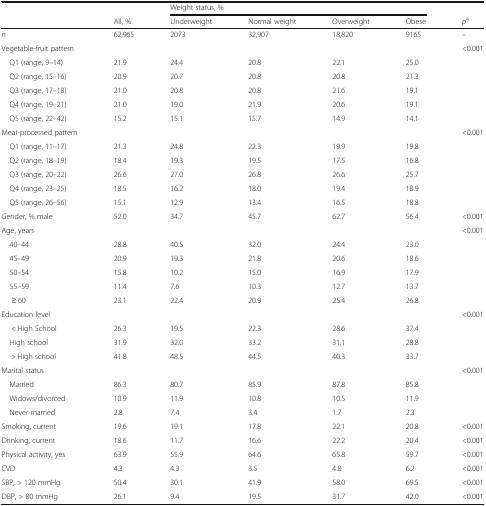
<table><thead><tr><td></td><td></td><td colspan="4"><b>Weight status, %</b></td><td></td></tr><tr><td></td><td><b>All, %</b></td><td><b>Underweight</b></td><td><b>Normal weight</b></td><td><b>Overweight</b></td><td><b>Obese</b></td><td><b><i>p</i><sup>a</sup></b></td></tr></thead><tbody><tr><td><i>n</i></td><td>62,965</td><td>2073</td><td>32,907</td><td>18,820</td><td>9165</td><td>–</td></tr><tr><td>Vegetable-fruit pattern</td><td></td><td></td><td></td><td></td><td></td><td>&lt;0.001</td></tr><tr><td> Q1 (range, 9–14)</td><td>21.9</td><td>24.4</td><td>20.8</td><td>22.1</td><td>25.0</td><td></td></tr><tr><td> Q2 (range, 15–16)</td><td>20.9</td><td>20.7</td><td>20.8</td><td>20.8</td><td>21.3</td><td></td></tr><tr><td> Q3 (range, 17–18)</td><td>21.0</td><td>20.8</td><td>20.8</td><td>21.6</td><td>19.1</td><td></td></tr><tr><td> Q4 (range, 19–21)</td><td>21.0</td><td>19.0</td><td>21.9</td><td>20.6</td><td>19.1</td><td></td></tr><tr><td> Q5 (range, 22–42)</td><td>15.2</td><td>15.1</td><td>15.7</td><td>14.9</td><td>14.1</td><td></td></tr><tr><td>Meat-processed pattern</td><td></td><td></td><td></td><td></td><td></td><td>&lt;0.001</td></tr><tr><td> Q1 (range, 11–17)</td><td>21.3</td><td>24.8</td><td>22.3</td><td>19.9</td><td>19.8</td><td></td></tr><tr><td> Q2 (range, 18–19)</td><td>18.4</td><td>19.3</td><td>19.5</td><td>17.5</td><td>16.8</td><td></td></tr><tr><td> Q3 (range, 20–22)</td><td>26.6</td><td>27.0</td><td>26.8</td><td>26.6</td><td>25.7</td><td></td></tr><tr><td> Q4 (range, 23–25)</td><td>18.5</td><td>16.2</td><td>18.0</td><td>19.4</td><td>18.9</td><td></td></tr><tr><td> Q5 (range, 26–56)</td><td>15.1</td><td>12.9</td><td>13.4</td><td>16.5</td><td>18.8</td><td></td></tr><tr><td>Gender, % male</td><td>52.0</td><td>34.7</td><td>45.7</td><td>62.7</td><td>56.4</td><td>&lt;0.001</td></tr><tr><td>Age, years</td><td></td><td></td><td></td><td></td><td></td><td>&lt;0.001</td></tr><tr><td> 40–44</td><td>28.8</td><td>40.5</td><td>32.0</td><td>24.4</td><td>23.0</td><td></td></tr><tr><td> 45–49</td><td>20.9</td><td>19.3</td><td>21.8</td><td>20.6</td><td>18.6</td><td></td></tr><tr><td> 50–54</td><td>15.8</td><td>10.2</td><td>15.0</td><td>16.9</td><td>17.9</td><td></td></tr><tr><td> 55–59</td><td>11.4</td><td>7.6</td><td>10.3</td><td>12.7</td><td>13.7</td><td></td></tr><tr><td>≥ 60</td><td>23.1</td><td>22.4</td><td>20.9</td><td>25.4</td><td>26.8</td><td></td></tr><tr><td>Education level</td><td></td><td></td><td></td><td></td><td></td><td>&lt;0.001</td></tr><tr><td>&lt; High School</td><td>26.3</td><td>19.5</td><td>22.3</td><td>28.6</td><td>37.4</td><td></td></tr><tr><td> High school</td><td>31.9</td><td>32.0</td><td>33.2</td><td>31.1</td><td>28.8</td><td></td></tr><tr><td>&gt; High school</td><td>41.8</td><td>48.5</td><td>44.5</td><td>40.3</td><td>33.7</td><td></td></tr><tr><td>Marital status</td><td></td><td></td><td></td><td></td><td></td><td>&lt;0.001</td></tr><tr><td> Married</td><td>86.3</td><td>80.7</td><td>85.9</td><td>87.8</td><td>85.8</td><td></td></tr><tr><td> Widows/divorced</td><td>10.9</td><td>11.9</td><td>10.8</td><td>10.5</td><td>11.9</td><td></td></tr><tr><td> Never married</td><td>2.8</td><td>7.4</td><td>3.4</td><td>1.7</td><td>2.3</td><td></td></tr><tr><td>Smoking, current</td><td>19.6</td><td>19.1</td><td>17.8</td><td>22.1</td><td>20.8</td><td>&lt;0.001</td></tr><tr><td>Drinking, current</td><td>18.6</td><td>11.7</td><td>16.6</td><td>22.2</td><td>20.4</td><td>&lt;0.001</td></tr><tr><td>Physical activity, yes</td><td>63.9</td><td>55.9</td><td>64.6</td><td>65.8</td><td>59.7</td><td>&lt;0.001</td></tr><tr><td>CVD</td><td>4.3</td><td>4.3</td><td>3.5</td><td>4.8</td><td>6.2</td><td>&lt;0.001</td></tr><tr><td>SBP, &gt; 120 mmHg</td><td>50.4</td><td>30.1</td><td>41.9</td><td>58.0</td><td>69.5</td><td>&lt;0.001</td></tr><tr><td>DBP, &gt; 80 mmHg</td><td>26.1</td><td>9.4</td><td>19.5</td><td>31.7</td><td>42.0</td><td>&lt;0.001</td></tr></tbody></table>